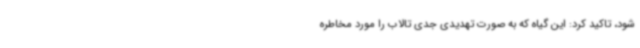
شود، تاکید کرد: این گیاه که به صورت تهدیدی جدی تالاب را مورد مخاطره